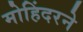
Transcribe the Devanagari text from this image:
मोहिंदरने